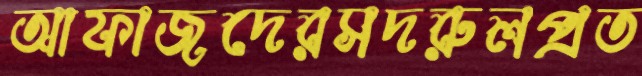
আফাজদেরসদরুলপ্রত